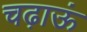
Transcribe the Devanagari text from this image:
चढ़ाऊं